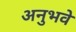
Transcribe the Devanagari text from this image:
अनुभवे